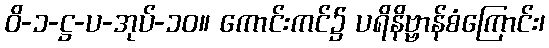
ဝိ-၁-ဋ္ဌ-ပ-အုပ်-၁၀။ ကောင်းကင်၌ ပရိနိဗ္ဗာန်စံကြောင်း၊